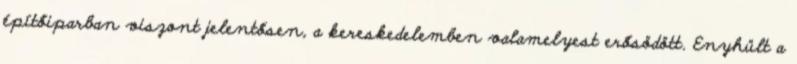
építőiparban viszont jelentősen, a kereskedelemben valamelyest erősödött. Enyhült a